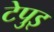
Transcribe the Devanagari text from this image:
टेपुइ